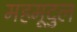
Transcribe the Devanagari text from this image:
महमूदुल